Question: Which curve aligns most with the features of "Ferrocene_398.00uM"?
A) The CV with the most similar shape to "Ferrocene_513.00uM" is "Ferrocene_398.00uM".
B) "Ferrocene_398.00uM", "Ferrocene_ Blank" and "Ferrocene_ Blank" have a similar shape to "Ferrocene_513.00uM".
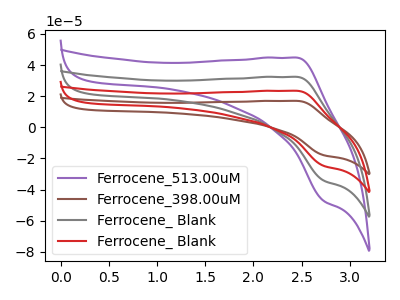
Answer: <think>The purple curve "Ferrocene_513.00uM" has an anodic peak at (2.45V, 44.75uA) and a cathodic peak at (2.75V, -47.35uA). The brown curve "Ferrocene_398.00uM" has an anodic peak at (2.45V, 97.20uA) and a cathodic peak at (2.75V, -102.85uA). The gray curve "Ferrocene_ Blank" has an anodic peak at (2.45V, 32.40uA) and a cathodic peak at (2.75V, -34.30uA). The red curve "Ferrocene_ Blank" has an anodic peak at (2.45V, 64.80uA) and a cathodic peak at (2.75V, -68.55uA).
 All the peaks in "Ferrocene_513.00uM" have a peak in "Ferrocene_398.00uM" at the same potential. Every peak in "Ferrocene_513.00uM" is lower than every peak in "Ferrocene_398.00uM". All the peaks in "Ferrocene_513.00uM" have a peak in "Ferrocene_ Blank" at the same potential. Every peak in "Ferrocene_513.00uM" is higher than every peak in "Ferrocene_ Blank". All the peaks in "Ferrocene_513.00uM" have a peak in "Ferrocene_ Blank" at the same potential. Every peak in "Ferrocene_513.00uM" is lower than every peak in "Ferrocene_ Blank". All the peaks in "Ferrocene_398.00uM" have a peak in "Ferrocene_ Blank" at the same potential. Every peak in "Ferrocene_398.00uM" is higher than every peak in "Ferrocene_ Blank". All the peaks in "Ferrocene_398.00uM" have a peak in "Ferrocene_ Blank" at the same potential. Every peak in "Ferrocene_398.00uM" is higher than every peak in "Ferrocene_ Blank". All the peaks in "Ferrocene_ Blank" have a peak in "Ferrocene_ Blank" at the same potential. Every peak in "Ferrocene_ Blank" is lower than every peak in "Ferrocene_ Blank".</think>
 <answer>B) "Ferrocene_398.00uM", "Ferrocene_ Blank" and "Ferrocene_ Blank" have a similar shape to "Ferrocene_513.00uM".</answer>
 <eval>B</eval>